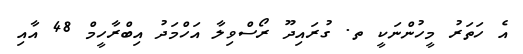
އެ ހަތަރު މީހުންނަކީ ތ. ގުރައިދޫ ރޯސްވިލާ އަހްމަދު އިބްރާހީމް 48 އާއި